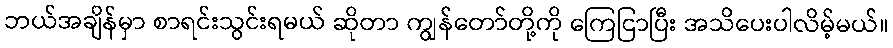
ဘယ်အချိန်မှာ စာရင်းသွင်းရမယ် ဆိုတာ ကျွန်တော်တို့ကို ကြေငြာပြီး အသိပေးပါလိမ့်မယ်။